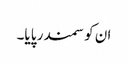
ان کو سمندر پایا۔